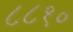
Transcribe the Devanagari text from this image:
८८१०